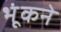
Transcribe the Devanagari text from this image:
भूंकने